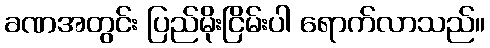
ခဏအတွင်း ပြည်မိုးငြိမ်းပါ ရောက်လာသည်။